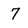
Character: 7